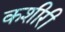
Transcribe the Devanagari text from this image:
कशीरी